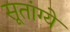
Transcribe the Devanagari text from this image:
सूतांग्ये